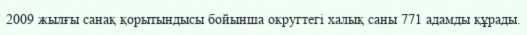
2009 жылғы санақ қорытындысы бойынша округтегі халық саны 771 адамды құрады.